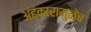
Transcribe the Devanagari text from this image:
अहंकारामुळेच